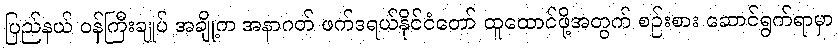
ပြည်နယ် ဝန်ကြီးချုပ် အချို့က အနာဂတ် ဖက်ဒရယ်နိုင်ငံတော် ထူထောင်ဖို့အတွက် စဉ်းစား ဆောင်ရွက်ရာမှာ